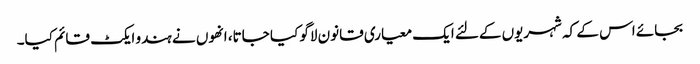
بجائے اس کے کہ شہریوں کےلئے ایک معیاری قانون لاگو کیا جاتا، انھوں نے ہندو ایکٹ قائم کیا۔